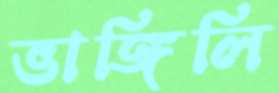
ভাঙ্গিলি